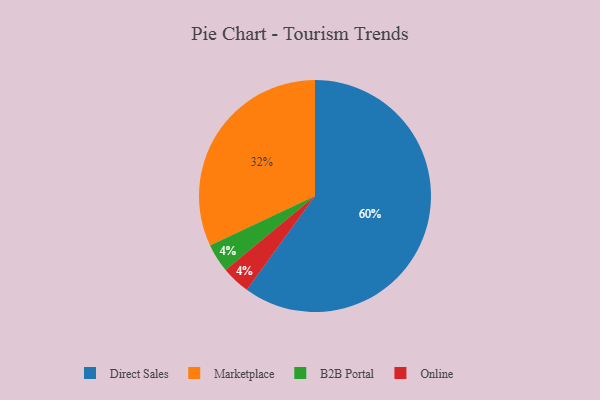
{"axis": {"x": "Category", "y": "Percentage"}, "legend": ["B2B Portal", "Direct Sales", "Marketplace", "Online"], "data": [{"x": "Marketplace", "y": 32, "type": "Marketplace"}, {"x": "B2B Portal", "y": 4, "type": "B2B Portal"}, {"x": "Online", "y": 4, "type": "Online"}, {"x": "Direct Sales", "y": 60, "type": "Direct Sales"}]}